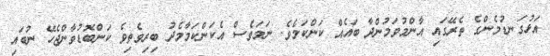
އަޅުގަނޑުމެންގެ ތެރޭގައި އާންމުވަމުންދާ ބައެއް ކަންކަމެވެ. ނަމަވެސް އެކަންކަމާމެދު ބިރިވެތިވެ ކަންބޮޑުވާންޖެހޭ ނުބައި